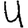
Digit: 4